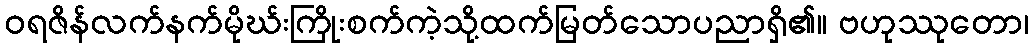
ဝရဇိန်လက်နက်မိုဃ်းကြိုးစက်ကဲ့သို့ထက်မြတ်သောပညာရှိ၏။ ဗဟုဿုတော၊